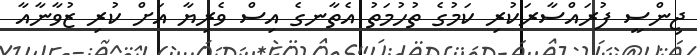
ޖިންސީ ފުރައްސާރަކުރި ކަމުގެ ތުހުމަތު އެތާނގެ އިސް ވެރިޔާ އަށް ކުރި ޒުވާނާއާ